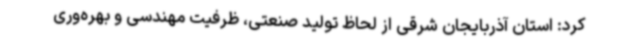
کرد: استان آذربایجان شرقی از لحاظ تولید صنعتی، ظرفیت مهندسی و بهره‌وری